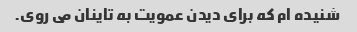
شنیده ام که برای دیدن عمویت به تاینان می روی.